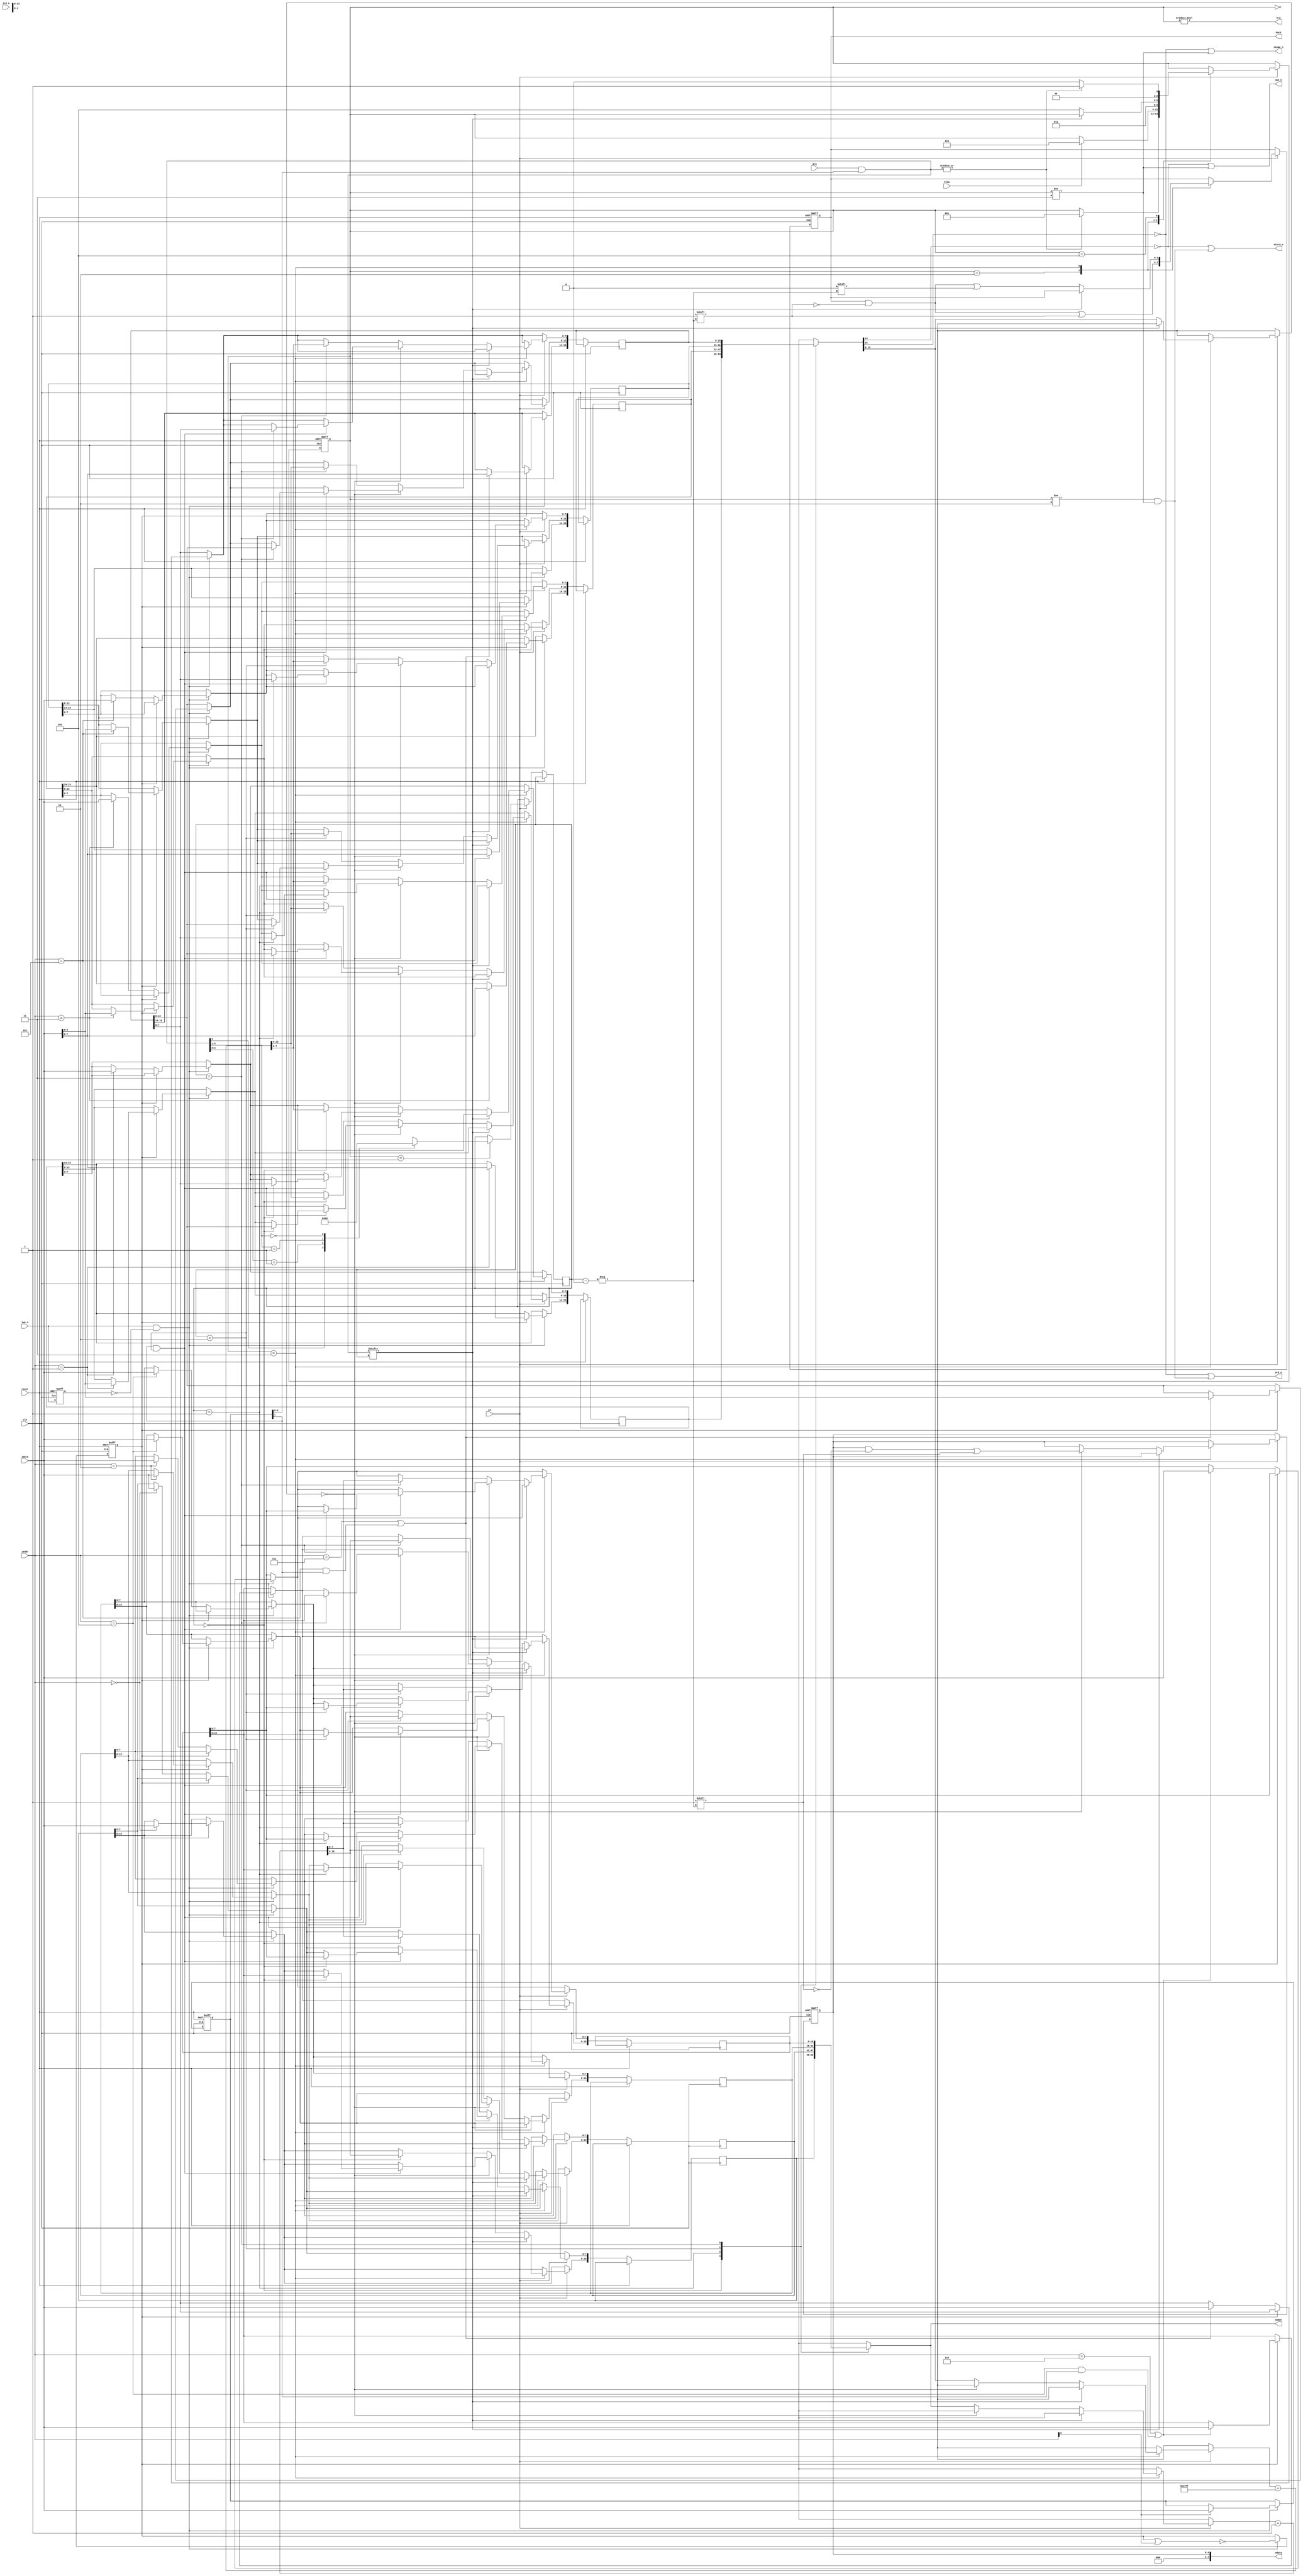
// ====================================================================
//                Radio-86RK FPGA REPLICA
//
//            Copyright (C) 2011 Dmitry Tselikov
//
// This core is distributed under modified BSD license. 
// For complete licensing information see LICENSE.TXT.
// -------------------------------------------------------------------- 
//
// An open implementation of K580WT57 DMA controller
//
// 
// Design File: k580wt57.v
//
// Warning: This realization is not fully operational.

module k580wt57(
	input clk,
	input ce,
	input reset,
	input[3:0] iaddr,
	input[7:0] idata,
	input[3:0] drq,
	input iwe_n,
	input ird_n,
	input hlda,
	output hrq,
	output reg[3:0] dack,
	output[7:0] odata,
	output[15:0] oaddr,
	output owe_n,
	output ord_n,
	output oiowe_n,
	output oiord_n );

parameter ST_IDLE = 3'b000;
parameter ST_WAIT = 3'b001;
parameter ST_T1   = 3'b010;
parameter ST_T2   = 3'b011;
parameter ST_T3   = 3'b100;
parameter ST_T4   = 3'b101;
parameter ST_T5   = 3'b110;
parameter ST_T6   = 3'b111;

reg[2:0] state;
reg[1:0] channel;
reg[7:0] mode;
reg[4:0] chstate;
reg[15:0] chaddr[3:0];
reg[15:0] chtcnt[3:0];
reg ff,exiwe_n;

assign hrq = state!=ST_IDLE;
assign odata = {3'b0,chstate};
assign oaddr = chaddr[channel];
assign owe_n = chtcnt[channel][14]==0 || state!=ST_T2;
assign ord_n = chtcnt[channel][15]==0 || (state!=ST_T1 && state!=ST_T2);
assign oiowe_n = chtcnt[channel][15]==0 || state!=ST_T2;
assign oiord_n = chtcnt[channel][14]==0 || (state!=ST_T1 && state!=ST_T2);

wire[3:0] mdrq = drq & mode[3:0];

always @(posedge clk or posedge reset) begin
	if (reset) begin
		state <= 0; ff <= 0; mode <= 0; exiwe_n <= 1'b1;
		chstate <= 0; dack <= 0;
	end else begin
		exiwe_n <= iwe_n;
		if (iwe_n && ~exiwe_n) begin
			ff <= ~(ff|iaddr[3]);
			if (ff) begin
				if(iaddr==4'b0000) chaddr[0][15:8] <= idata;
				if(iaddr==4'b0001) chtcnt[0][15:8] <= idata;
				if(iaddr==4'b0010) chaddr[1][15:8] <= idata;
				if(iaddr==4'b0011) chtcnt[1][15:8] <= idata;
				if(iaddr==4'b0100) chaddr[2][15:8] <= idata;
				if(iaddr==4'b0101) chtcnt[2][15:8] <= idata;
				if(iaddr==4'b0110 || (iaddr==4'b0100 && mode[7]==1'b1)) chaddr[3][15:8] <= idata;
				if(iaddr==4'b0111 || (iaddr==4'b0101 && mode[7]==1'b1)) chtcnt[3][15:8] <= idata;
			end else begin
				if(iaddr==4'b0000) chaddr[0][7:0] <= idata;
				if(iaddr==4'b0001) chtcnt[0][7:0] <= idata;
				if(iaddr==4'b0010) chaddr[1][7:0] <= idata;
				if(iaddr==4'b0011) chtcnt[1][7:0] <= idata;
				if(iaddr==4'b0100) chaddr[2][7:0] <= idata;
				if(iaddr==4'b0101) chtcnt[2][7:0] <= idata;
				if(iaddr==4'b0110 || (iaddr==4'b0100 && mode[7]==1'b1)) chaddr[3][7:0] <= idata;
				if(iaddr==4'b0111 || (iaddr==4'b0101 && mode[7]==1'b1)) chtcnt[3][7:0] <= idata;
			end
			if (iaddr[3]) mode <= idata;
		end
		if (ce) begin
			case (state)
			ST_IDLE: begin
				if (|mdrq) state <= ST_WAIT;
			end
			ST_WAIT: begin
				if (hlda) state <= ST_T1;
				casex (mdrq[3:1])
				3'b1xx: channel <= 2'b11;
				3'b01x: channel <= 2'b10;
				3'b001: channel <= 2'b01;
				3'b000: channel <= 2'b00;
				endcase
			end
			ST_T1: begin
				state <= ST_T2;
				dack[channel] <= 1'b1;
			end
			ST_T2: begin
				if (mdrq[channel]==0) begin
					dack[channel] <= 0;
					if (chtcnt[channel][13:0]==0) begin
						chstate[channel] <= 1'b1;
						if (mode[7]==1'b1 && channel==2'b10) begin
							chaddr[channel] <= chaddr[2'b11];
							chtcnt[channel][13:0] <= chtcnt[2'b11][13:0];
						end
					end else begin
						chaddr[channel] <= chaddr[channel]+1'b1;
						chtcnt[channel][13:0] <= chtcnt[channel][13:0]+14'h3FFF;
					end
					state <= ST_T3;
				end
			end
			ST_T3: begin
				state <= |mdrq ? ST_WAIT : ST_IDLE;
			end
			endcase
		end
	end
end

endmodule